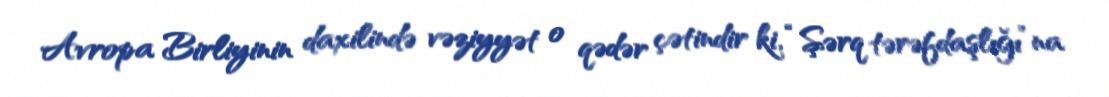
Avropa Birliyinin daxilində vəziyyət o qədər çətindir ki, “Şərq tərəfdaşlığı”na